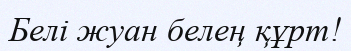
Белi жуан белең құрт!